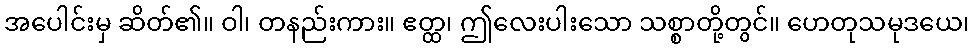
အပေါင်းမှ ဆိတ်၏။ ဝါ၊ တနည်းကား။ ဧတ္ထ၊ ဤလေးပါးသော သစ္စာတို့တွင်။ ဟေတုသမုဒယေ၊